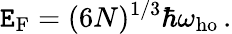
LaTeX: \mathtt{E}_{\mathrm{{{F}}}}=(6N)^{1/3}\hbar\omega_{\mathrm{{ho}}}\, .